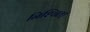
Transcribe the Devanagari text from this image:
निश्‍चित।